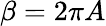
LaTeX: \beta=2\pi A